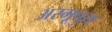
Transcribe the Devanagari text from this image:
अरगूपुरा